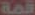
قمة